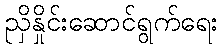
ညှိနှိုင်းဆောင်ရွက်ရေး